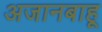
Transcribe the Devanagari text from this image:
अजानबाहू